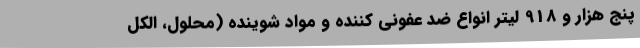
پنج هزار و 918 لیتر انواع ضد عفونی کننده و مواد شوینده (محلول، الکل